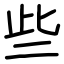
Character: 些